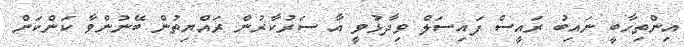
އިންތިހާބީ ނައިބު ރައީސް ފައިސަލް ވިދާޅުވީ އާ ސަރުކާރުން ރައްޔިތުން ބޭނުންވާ ކަންކަން